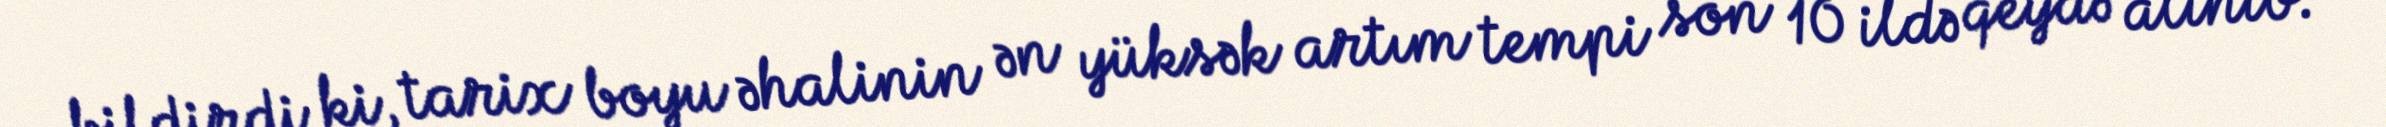
bildirdi ki, tarix boyu əhalinin ən yüksək artım tempi son 10 ildə qeydə alınıb: